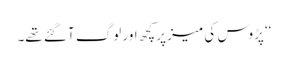
‘‘ پڑوس کی میز پر کچھ اور لوگ آ گئے تھے۔